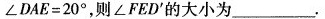
$$∠ D A E = 2 0 °$$ ，则∠FED^{\prime}的大小为___.